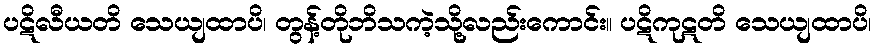
ပဋိလီယတိ သေယျထာပိ၊ တွန့်တိုဘိသကဲ့သို့လည်းကောင်း။ ပဋိကုဋတိ သေယျထာပိ၊